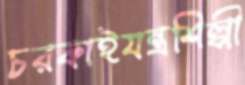
চরকাইযন্ত্রশিল্পী